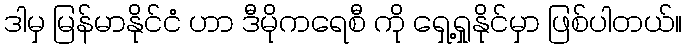
ဒါမှ မြန်မာနိုင်ငံ ဟာ ဒီမိုကရေစီ ကို ရှေ့ရှုနိုင်မှာ ဖြစ်ပါတယ်။